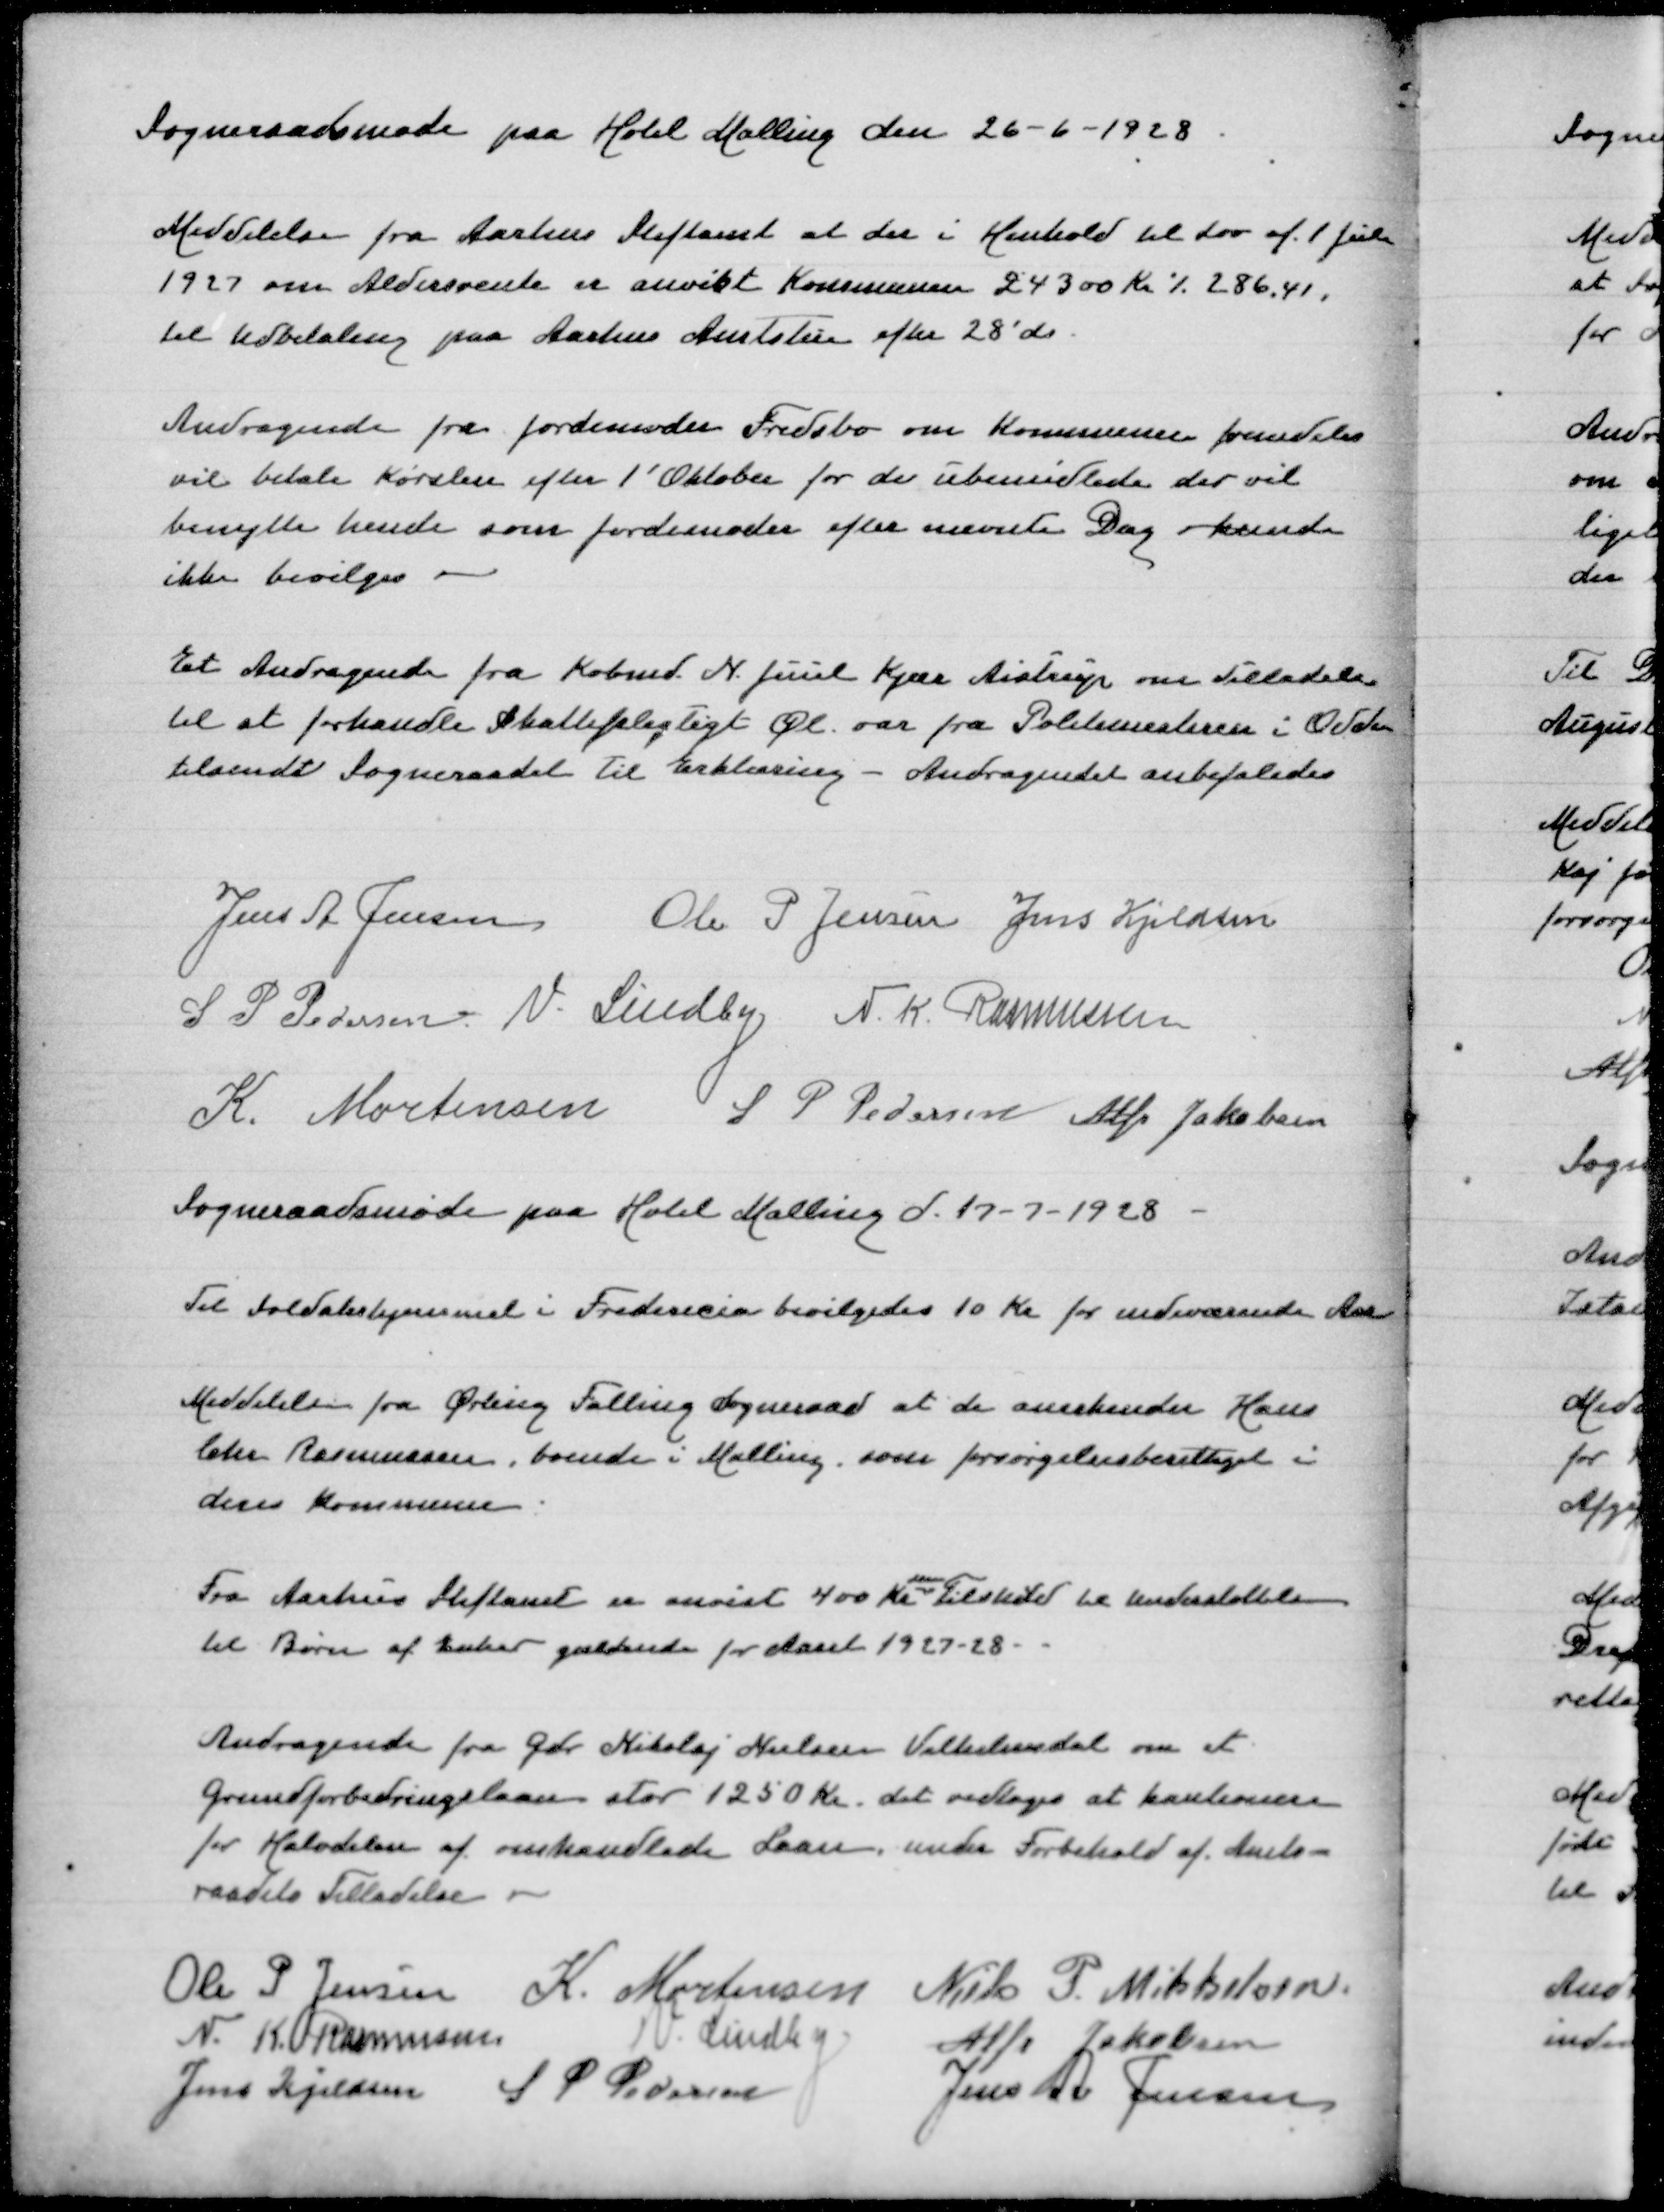
Transskription:
Sogneraadsmøde paa Hotel Malling den 26-6-1928

Meddelelse fra Aarhus Stiftamt at der i Henhold til Lov af 1 Juli
1927 om Aldersrente er anvist Kommunen 24300 Kr ./. 286,41
til Udbetaling paa Aarhus Amtstue efter 28'ds

Andragende fra Jordemoder Fredsbo om Kommunen fremdeles
vil betale Kørslen efter 1' Oktober for de ubemidlede der vil
benytte hende som jordemoder efter nævnte Dag - kunde
ikke bevilges

Et Andragende fra Købmd N Juul Kjær Aistrup om Tilladelse
til at forhandle Skattepligtigt Øl var fra Politimesteren i Odder
tilsendt Sogneraadet til Erklæring - Andragendet anbefaledes

Jens A Jensen
Ole P Jensen
Jens Kjeldsen
S P Pedersen
V Lindby
N K Rasmussen
K Mortensen
S P Pedersen
Alfr Jakobsen

Sogneraadsmøde paa Hotel Malling d 17-7-1928

Til Soldaterhjemmet i Fredericia bevilgedes 10 Kr for indeværende Aar

Meddelelse fra Ørting Falling Sogneraad at de anerkender Hans
Chr Rasmussen, boende i Malling, som forsørgelsesberettiget i
deres Kommune

som
Fra Aarhus Stiftamt er anvist 400 Kr Tilskud til Understøttelse
til Børn af Enker gældende for Aaret 1927-28

Andragende fra Gdr Nikolaj Nielsen Vilhelmsdal om et
Grundforbedringslaan stor 1250 Kr det vedtoges at kautionere
for halvdelen af omhandlede Laan under Forbehold af Amts=
raadets Tilladelse

Ole P Jensen
K Mortensen
Niels P Mikkelsen
N K Rasmussen
V Lindby
Alfr Jakobsen
Jens Kjeldsen
S P Pedersen
Jens A Jensen